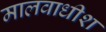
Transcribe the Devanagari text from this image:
मालवाधीश